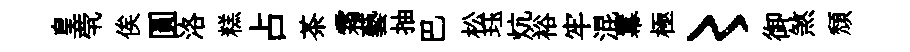
皇茕俟圓洛糕占茶霜藝抽巴松珏炕裕牢混羃極〻御煞頹